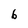
Character: 6